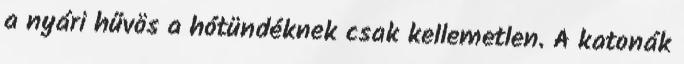
a nyári hűvös a hótündéknek csak kellemetlen. A katonák